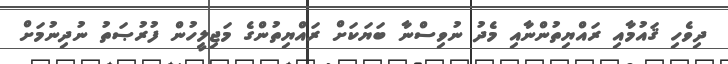
ދިވެހި ޤައުމާއި ރައްޔިތުންނާއި މެދު ނުވިސްނާ ބަޔަކަށް ރައްޔިތުންގެ މަޖިލީހުން ފުރުޞަތު ނުދިނުމަށް